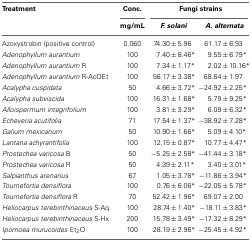
<table><thead><tr><td><b>Treatment</b></td><td><b>Conc.</b></td><td colspan="2"><b>Fungi strains</b></td></tr><tr><td></td><td><b>mg/mL</b></td><td><b><i>F. solani</i></b></td><td><b><i>A. alternata</i></b></td></tr></thead><tbody><tr><td>Azoxystrobin (positive control)</td><td>0.060</td><td>74.30 ± 5.96</td><td>61.17 ± 6.93</td></tr><tr><td><i>Adenophyllum aurantium</i></td><td>100</td><td>7.40 ± 8.46<sup>*</sup></td><td>9.55 ± 6.79<sup>*</sup></td></tr><tr><td><i>Adenophyllum aurantium</i> R</td><td>100</td><td>7.34 ± 1.17<sup>*</sup></td><td>2.02 ± 10.16<sup>*</sup></td></tr><tr><td><i>Adenophyllum aurantium</i> R-AcOEt</td><td>100</td><td>56.17 ± 3.38<sup>*</sup></td><td>68.64 ± 1.97</td></tr><tr><td><i>Acalypha cuspidata</i></td><td>50</td><td>4.66 ± 3.72<sup>*</sup></td><td>−24.92 ± 2.25<sup>*</sup></td></tr><tr><td><i>Acalypha subviscida</i></td><td>100</td><td>16.31 ± 1.68<sup>*</sup></td><td>5.79 ± 9.25<sup>*</sup></td></tr><tr><td><i>Alloispermum integrifolium</i></td><td>100</td><td>3.81 ± 3.29<sup>*</sup></td><td>6.09 ± 6.32<sup>*</sup></td></tr><tr><td><i>Echeveria acutifolia</i></td><td>71</td><td>17.54 ± 1.37<sup>*</sup></td><td>−38.92 ± 7.28<sup>*</sup></td></tr><tr><td><i>Galium mexicanum</i></td><td>50</td><td>10.90 ± 1.66<sup>*</sup></td><td>5.09 ± 4.10<sup>*</sup></td></tr><tr><td><i>Lantana achyrantifolia</i></td><td>100</td><td>12.15 ± 0.87<sup>*</sup></td><td>10.77 ± 4.47<sup>*</sup></td></tr><tr><td><i>Prostechea varicosa</i> B</td><td>50</td><td>−5.25 ± 2.58<sup>*</sup></td><td>−41.44 ± 3.18<sup>*</sup></td></tr><tr><td><i>Prostechea varicosa</i> R</td><td>50</td><td>4.39 ± 2.11<sup>*</sup></td><td>3.40 ± 3.01<sup>*</sup></td></tr><tr><td><i>Salpianthus arenarius</i></td><td>67</td><td>1.05 ± 3.78<sup>*</sup></td><td>−11.86 ± 3.94<sup>*</sup></td></tr><tr><td><i>Tournefortia densiflora</i></td><td>100</td><td>0.76 ± 6.06<sup>*</sup></td><td>−22.05 ± 5.78<sup>*</sup></td></tr><tr><td><i>Tournefortia densiflora</i> R</td><td>70</td><td>52.42 ± 1.96<sup>*</sup></td><td>69.07 ± 2.00</td></tr><tr><td><i>Heliocarpus terebinthinaceus</i> S-Aq</td><td>100</td><td>28.74 ± 1.40<sup>*</sup></td><td>−18.11 ± 3.83<sup>*</sup></td></tr><tr><td><i>Heliocarpus terebinthinaceus</i> S-Hx</td><td>200</td><td>15.78 ± 3.49<sup>*</sup></td><td>−17.32 ± 8.29<sup>*</sup></td></tr><tr><td><i>Ipomoea murucoides</i> Et<sub>2</sub>O</td><td>100</td><td>28.19 ± 2.96<sup>*</sup></td><td>−25.45 ± 4.92<sup>*</sup></td></tr></tbody></table>